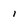
Character: 1